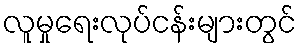
လူမှုရေးလုပ်ငန်းများတွင်